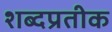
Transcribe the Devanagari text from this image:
शब्दप्रतीक